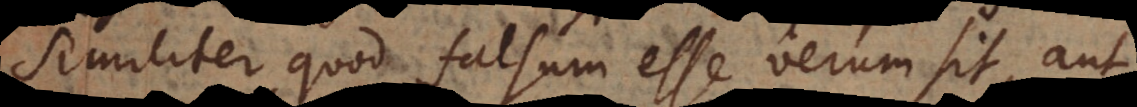
Similiter quod falsum esse verum sit, aut